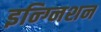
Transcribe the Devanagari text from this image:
इन्ग्निशन